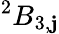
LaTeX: ^{2}B_{3,\mathbf{j}}